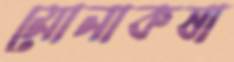
মোনাকষা